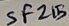
Text: SF215